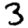
Digit: 3